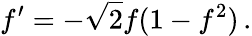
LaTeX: f^{\prime}=-\sqrt{2}f(1-f^{2})\, .